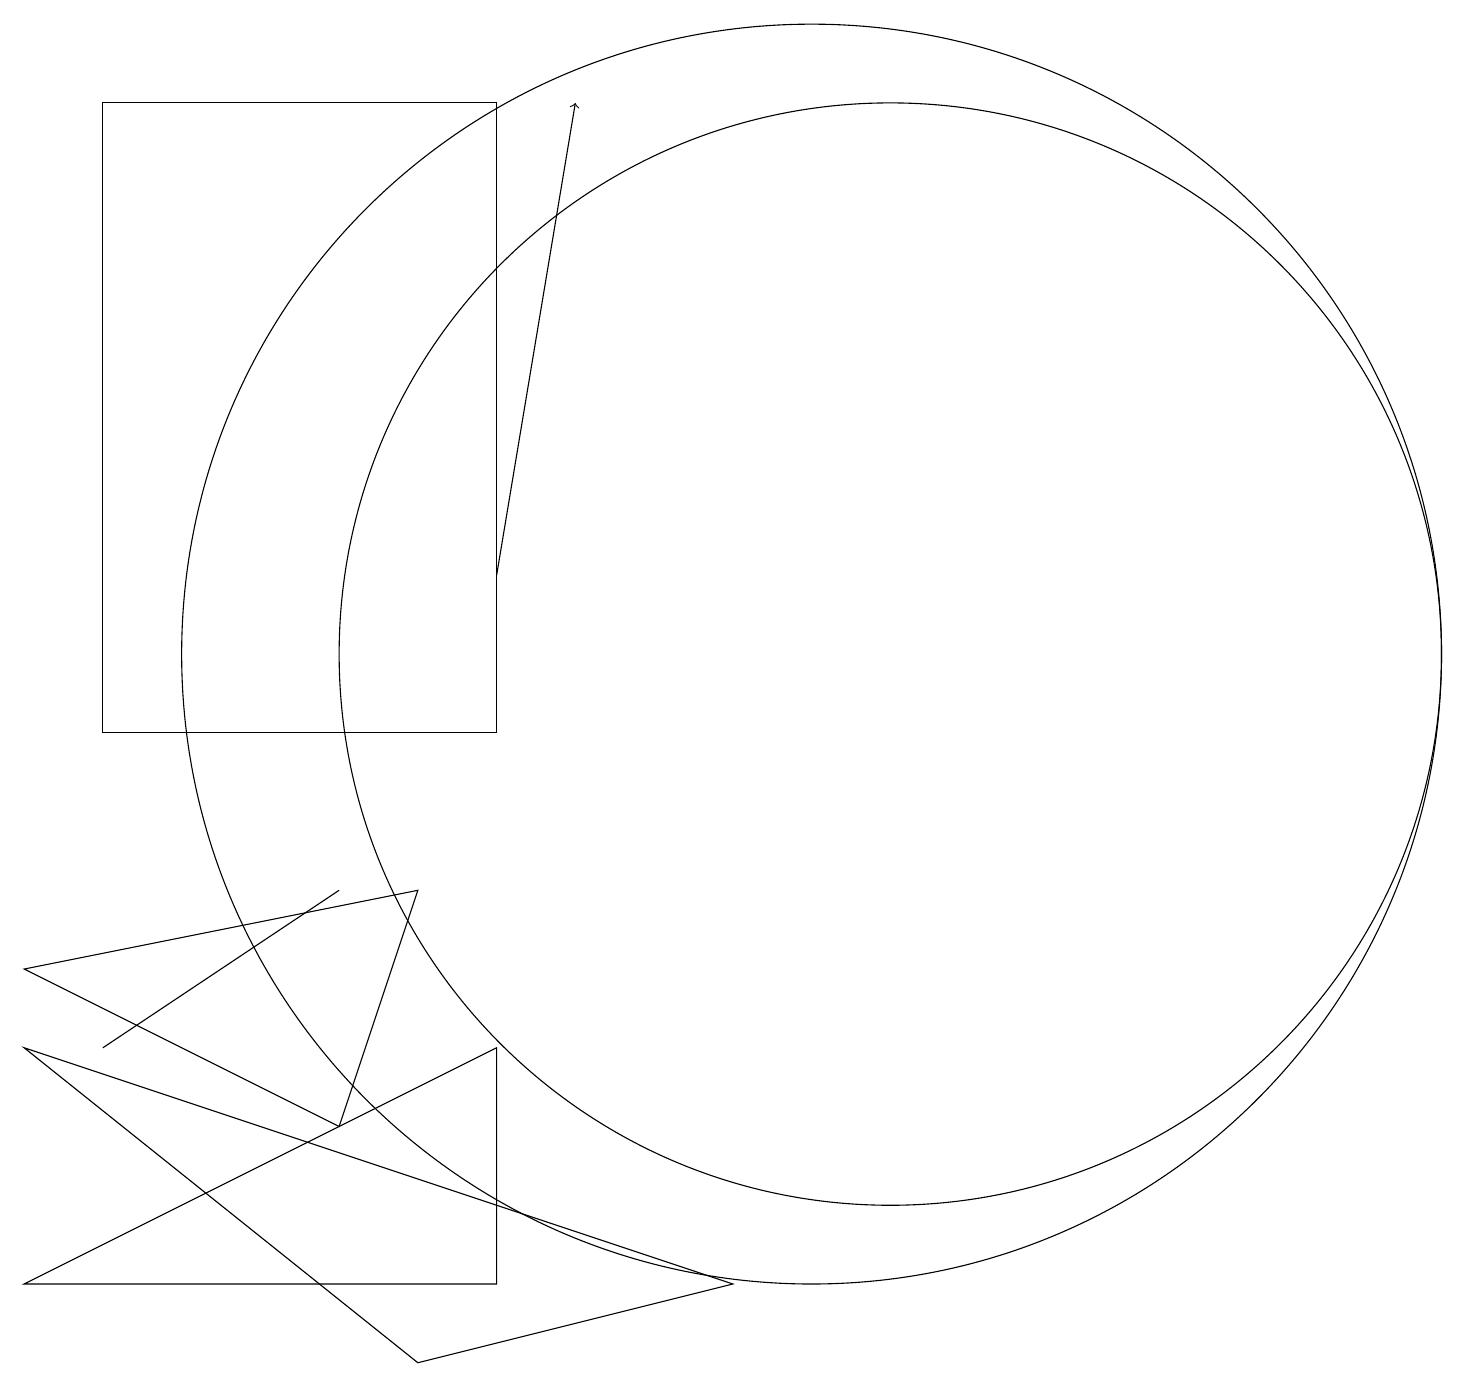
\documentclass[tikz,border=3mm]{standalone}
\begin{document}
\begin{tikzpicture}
\draw (10,12) circle (8);
\draw (0,4) -- (6,7) -- (6,4) -- cycle;
\draw (11,12) circle (7);
\draw[->] (6,13) -- (7,19);
\draw (4,6) -- (5,9) -- (0,8) -- cycle;
\draw (1,7) -- (1,7) -- (4,9) -- cycle;
\draw (1,19) rectangle (6,11);
\draw (5,3) -- (9,4) -- (0,7) -- cycle;
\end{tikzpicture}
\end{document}